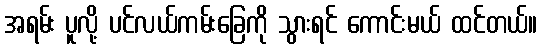
အရမ်း ပူလို့ ပင်လယ်ကမ်းခြေကို သွားရင် ကောင်းမယ် ထင်တယ်။